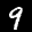
Label: 9